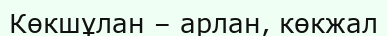
Көкшұлан – арлан, көкжал